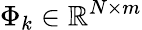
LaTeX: \Phi_{k}\in\mathbb{R}^{N\times m}